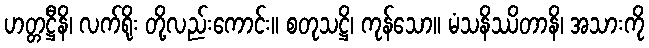
ဟတ္တဋ္ဌီနိ၊ လက်ရိုး တို့လည်းကောင်း။ စတုသဋ္ဌိ၊ ကုန်သော။ မံသနိဿိတာနိ၊ အသားကို